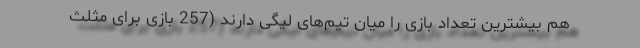
هم بیشترین تعداد بازی را میان تیم‌های لیگی دارند (257 بازی برای مثلث